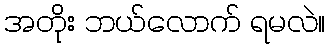
အတိုး ဘယ်လောက် ရမလဲ။